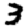
Digit: 3